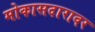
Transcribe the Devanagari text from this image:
मोकासदारावर